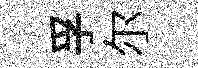
孚尔